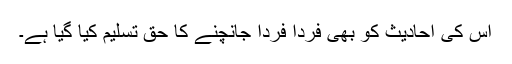
اس کی احادیث کو بھی فرداً فرداً جانچنے کا حق تسلیم کیا گیا ہے۔